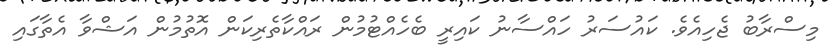
މިސްރާބު ޖެހިއެވެ. ކައުސަރު ހައްސާނު ކައިރީ ބެހެއްޓުމުން ރައްކާތެރިކަން އޮތުމުން އަޝްވާ އެތާގައި